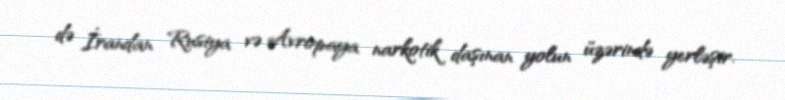
də İrandan Rusiya və Avropaya narkotik daşınan yolun üzərində yerləşir.